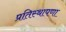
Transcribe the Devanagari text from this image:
प्रतिस्थापणा